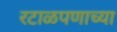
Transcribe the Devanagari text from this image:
रटाळपणाच्या